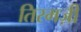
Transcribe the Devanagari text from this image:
तिरमज़ी